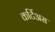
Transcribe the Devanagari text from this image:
कर्टिअस